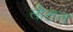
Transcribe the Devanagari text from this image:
लौटाल